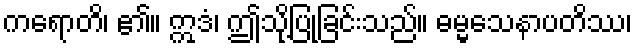
ကရောတိ၊ ၏။ ဣဒံ၊ ဤသို့ပြုခြင်းသည်။ ဓမ္မသေနာပတိဿ၊